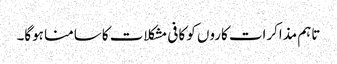
تاہم مذاکرات کاروں کو کافی مشکلات کا سامنا ہوگا۔